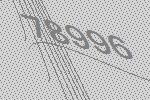
78996